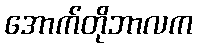
အောက်တိုဘာလက